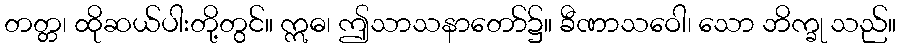
တတ္တ၊ ထိုဆယ်ပါးတို့တွင်။ ဣဓ၊ ဤသာသနာတော်၌။ ခီဏာသဝေါ၊ သော ဘိက္ခု သည်။